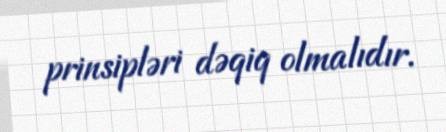
prinsipləri dəqiq olmalıdır.